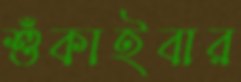
শুঁকাইবার